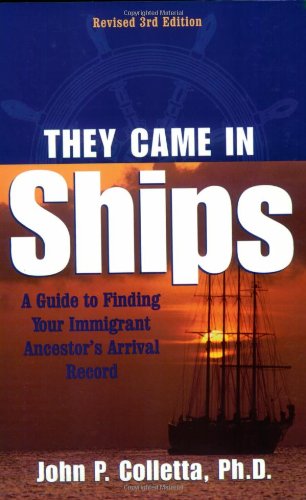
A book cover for They Came in Ships: Finding Your Immigrant Ancestor's Arrival Record (3rd Edition); John Philip Colletta; History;